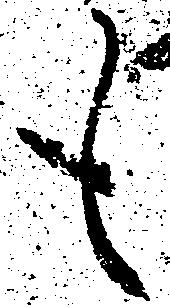
も